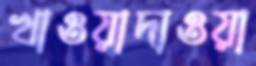
খাওয়াদাওয়া